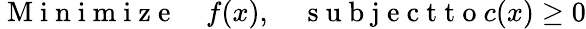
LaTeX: \mathrm{~M~i~n~i~m~i~z~e~}\quad f(x),\quad\mathrm{~s~u~b~j~e~c~t~t~o~}c(x)\geq 0